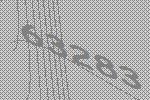
63283